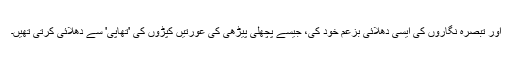
اور تبصرہ نگاروں کی ایسی دھلائی بزعم خود کی، جیسے پچھلی پیڑھی کی عورتیں کپڑوں کی 'تھاپی' سے دھلائی کرتی تھیں۔